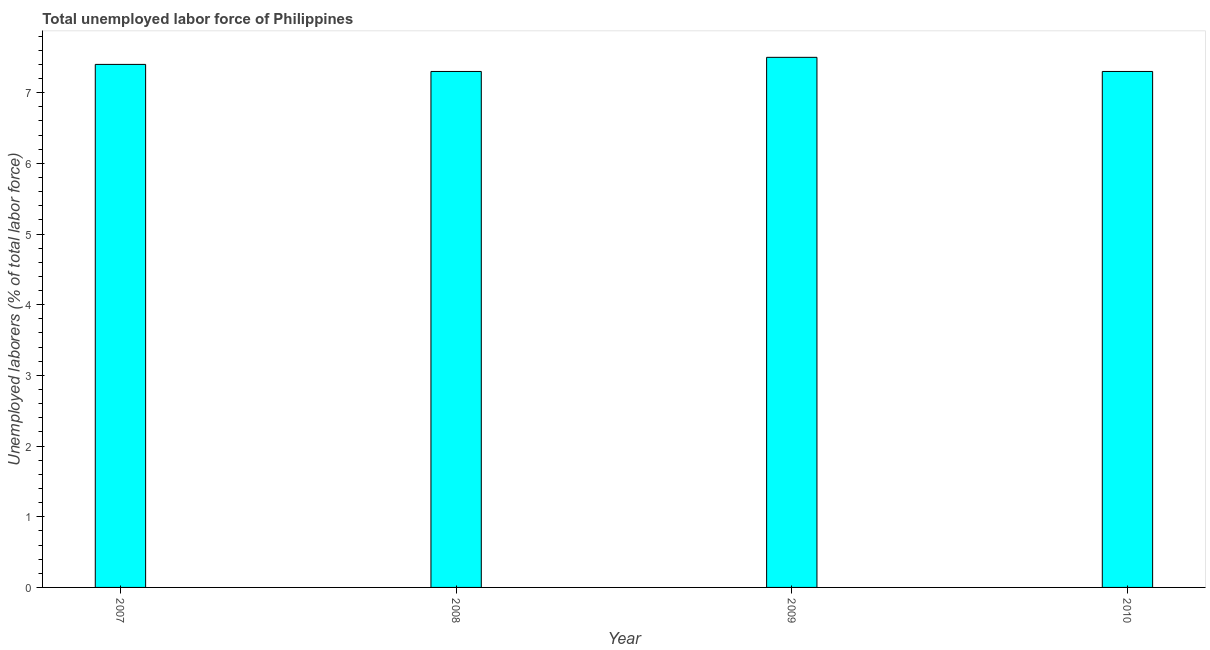
| Year | Unemployment total |
 | --- | --- |
 | 2007 | 7.4 |
 | 2008 | 7.3 |
 | 2009 | 7.5 |
 | 2010 | 7.3 |